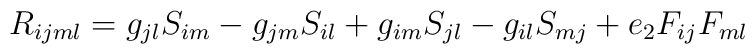
R_{ijml}=g_{jl}S_{im}-g_{jm}S_{il}+g_{im}S_{jl}-g_{il}S_{mj}+e_{2}F_{ij}F_{ml}